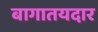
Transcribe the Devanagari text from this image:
बागातयदार